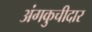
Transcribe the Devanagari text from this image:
अंगकुचीदार